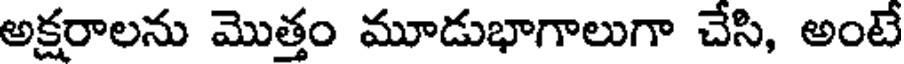
అక్షరాలను మొత్తం మూడుభాగాలుగా చేసి, అంటే